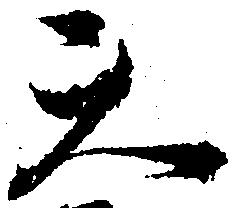
天